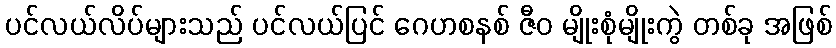
ပင်လယ်လိပ်များသည် ပင်လယ်ပြင် ဂေဟစနစ် ဇီဝ မျိုးစုံမျိုးကွဲ တစ်ခု အဖြစ်